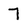
Character: 7